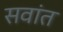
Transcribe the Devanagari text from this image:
सवांत